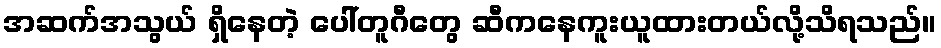
အဆက်အသွယ် ရှိနေတဲ့ ပေါ်တူဂီတွေ ဆီကနေကူးယူထားတယ်လို့သိရသည်။